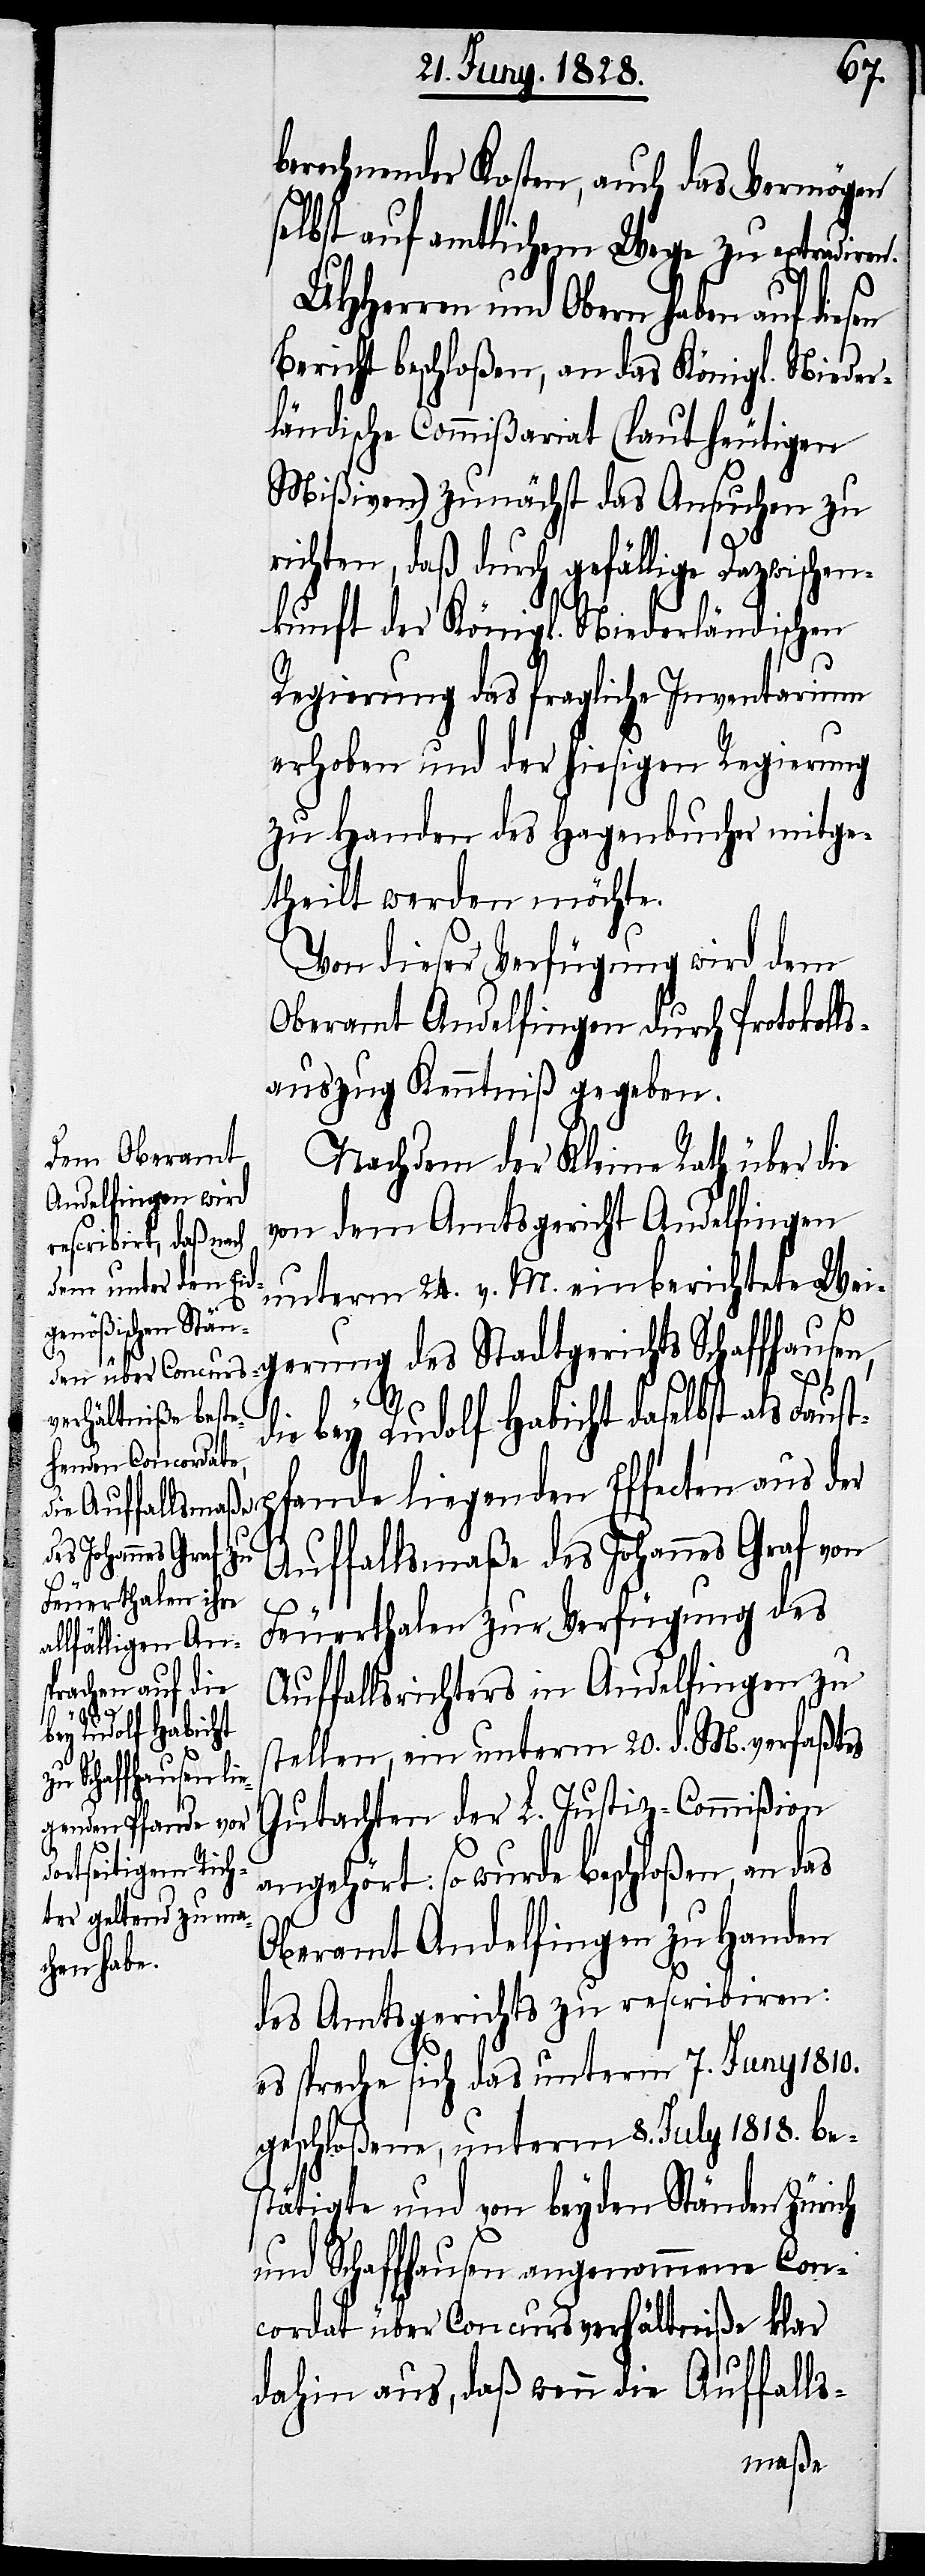
berechnender Kosten, auch das Vermögen
selbst auf amtlichem Wege zu extradiren.
UHHerren und Obern haben auf diesen
Bericht beschloßen, an das Königl. Nieder¬
ländische Commißariat (laut heutigen
Mißiven) zunächst das Ansuchen zu
richten, daß durch gefällige Dazwische¬
nkunft der Königl. Niederländischen
Regierung das fragliche Inventarium
erhoben und der hiesigen Regierung
zu Handen des Hagenbucher mitge¬
theilt werden möchte.
Von dieser Verfügung wird dem
Oberamt Andelfingen durch Protokolls¬
auszug Kenntniß gegeben.
Nachdem der Kleine Rath über die
von dem Amtsgericht Andelfingen
unterm 24. v. M. einberichtete Wei¬
gerung
die bey Rudolf Habicht daselbst als
Faustpfande liegenden Effecten aus der
Auffallsmaße des Johannes Graf von
Feuerthalen zur Verfügung des
Auffallsrichters in Andelfingen zu
des Stadtgerichts
stellen, ein unterm 20. d. M. verfaßtes
Schaffhausen,
Gutachten der L. Justiz-Commißion
angehört: so wurde beschloßen, an das
Oberamt Andelfingen zu Handen
des Amtsgerichts zu rescribiren:
es spreche sich das unterm 7. Juny 1810.
geschloßene, unterm 8. July 1818. be¬
stätigte und von beyden Ständen Zürich
und Schaffhausen angenommene Con¬
cordat über Concursverhältniße klar
dahin aus, daß wenn die Auffalls-